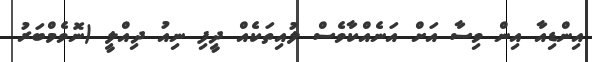
އިންޑިއާ އިން ވިސާ އަށް އަނެއްކާވެސް ލުއިތަކެއް ދީފި ނިއު ދިއްލީ (ނޮވެމްބަރު